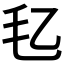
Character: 𪵖